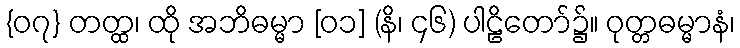
{၀၇} တတ္ထ၊ ထို အဘိဓမ္မာ [၀၁] (နိ၊ ၄၆) ပါဠိတော်၌။ ဝုတ္တဓမ္မာနံ၊